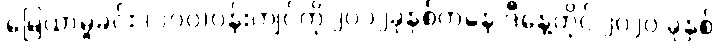
မြေယာမှုခင်း (၁၀၀)ဝန်းကျင်ကို ၂၀၁၂ခုနှစ်ကနေ ဒီနေ့တိုင် ၂၀၂၀ ခုနှစ်